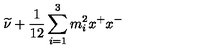
{ \widetilde \nu } + \frac { 1 } { 1 2 } \sum _ { i = 1 } ^ { 3 } m _ { i } ^ { 2 } x ^ { + } x ^ { - }